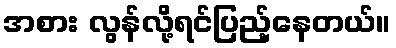
အစား လွန်လို့ရင်ပြည့်နေတယ်။